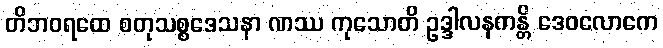
တိဘဝရထေ စတုသစ္စဒေသနာ ဏဿ ကုသောတိ ဥဒ္ဒါလနကန္တိ ဒေဝလောကေ